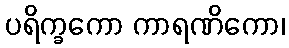
ပရိက္ခကော ကာရဏိကော၊